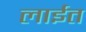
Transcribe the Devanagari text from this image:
लाईत